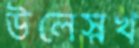
উলেস্নখ